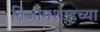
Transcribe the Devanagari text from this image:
निजामशाहच्या